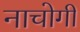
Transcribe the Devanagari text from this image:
नाचोगी